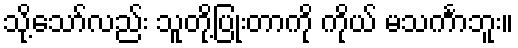
သို့သော်လည်း သူတို့ပြုံးတာကို ကိုယ် မသင်္ကာဘူး။